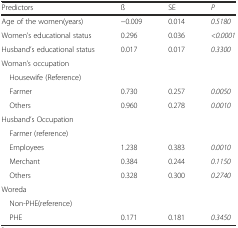
| Predictors | ß | SE | P |
 | --- | --- | --- | --- |
 | Age of the women(years) | −0.009 | 0.014 | 0.5180 |
 | Women’s educational status | 0.296 | 0.036 | <0.0001 |
 | Husband’s educational status | 0.017 | 0.017 | 0.3300 |
 | Woman’s occupation |  |  |  |
 | Housewife (Reference) |  |  |  |
 | Farmer | 0.730 | 0.257 | 0.0050 |
 | Others | 0.960 | 0.278 | 0.0010 |
 | Husband’s Occupation |  |  |  |
 | Farmer (reference) |  |  |  |
 | Employees | 1.238 | 0.383 | 0.0010 |
 | Merchant | 0.384 | 0.244 | 0.1150 |
 | Others | 0.328 | 0.300 | 0.2740 |
 | Woreda |  |  |  |
 | Non-PHE(reference) |  |  |  |
 | PHE | 0.171 | 0.181 | 0.3450 |